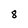
Character: 8